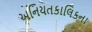
અનિયતકાલિકના